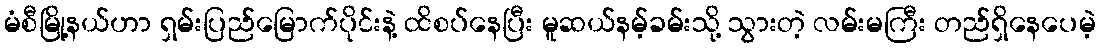
မံစီမြို့နယ်ဟာ ရှမ်းပြည်မြောက်ပိုင်းနဲ့ ထိစပ်နေပြီး မူဆယ်နမ့်ခမ်းသို့ သွားတဲ့ လမ်းမကြီး တည်ရှိနေပေမဲ့